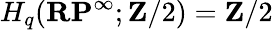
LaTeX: H_{q}(\mathbf{RP}^{\infty};\mathbf{Z}/2)=\mathbf{Z}/2